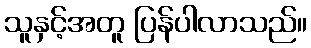
သူနှင့်အတူ ပြန်ပါလာသည်။